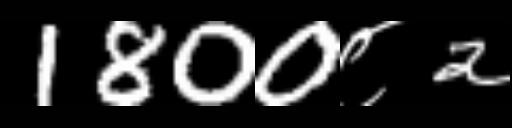
Text: 1800८2